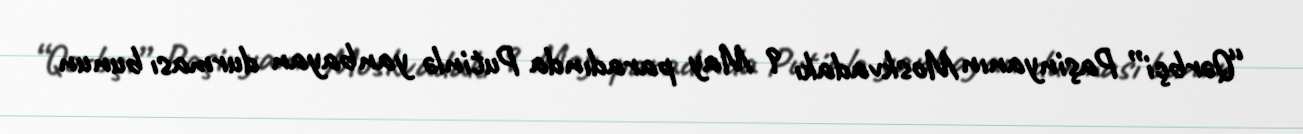
“Qərbçi” Paşinyanın Moskvadakı 9 May paradında Putinlə yanbayan durması bunun